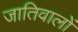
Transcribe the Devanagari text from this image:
जातिवालों